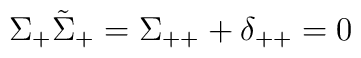
\Sigma_+\tilde\Sigma_+=\Sigma_{++}+\delta_{++}=0